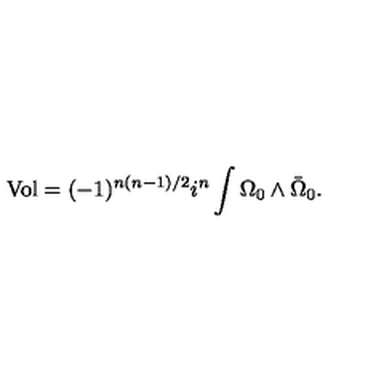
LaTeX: \mathrm { V o l } = ( - 1 ) ^ { n ( n - 1 ) / 2 } i ^ { n } \int \Omega _ { 0 } \wedge \bar { \Omega } _ { 0 } .